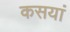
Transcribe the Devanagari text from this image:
कसयां